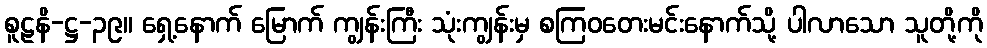
စူဠနိ-ဋ္ဌ-၃၉။ ရှေ့နောက် မြောက် ကျွန်းကြီး သုံးကျွန်းမှ စကြဝတေးမင်းနောက်သို့ ပါလာသော သူတို့ကို